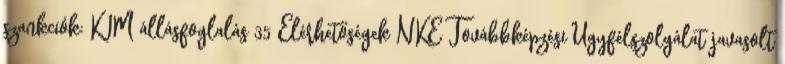
szankciók: KIM állásfoglalás 35 Elérhetőségek NKE Továbbképzési Ügyfélszolgálat javasolt